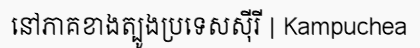
នៅភាគខាងត្បូងប្រទេសស៊ីរី | Kampuchea